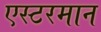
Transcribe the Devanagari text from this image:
एस्टरमान